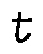
t